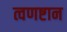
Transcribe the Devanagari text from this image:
त्वणष्टान